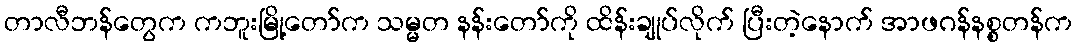
တာလီဘန်တွေက ကဘူးမြို့တော်က သမ္မတ နန်းတော်ကို ထိန်းချုပ်လိုက် ပြီးတဲ့နောက် အာဖဂန်နစ္စတန်က